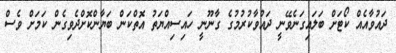
ދައުވާއެއް ކޯޓަށް ބަލައިގަނެވޭނީ ދައުވާކުރުމުގެ ގާނޫނީ ހައިސިއްޔަތު އޮތްކަން ބަޔާންކޮށްދެވިގެން ކަމަށް ވެސް